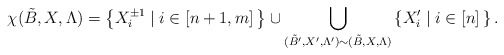
\begin{align*}\chi(\tilde{B},X,\Lambda) = \left\{ X_{i}^{\pm 1}\;|\; i \in [n+1,m] \, \right\} \cup \bigcup_{ (\tilde{B}',X',\Lambda') \sim (\tilde{B},X,\Lambda)} \left \{X_i' \;|\; i\in [n] \,\right \}.\end{align*}